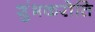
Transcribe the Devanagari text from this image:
शुंभकरोति